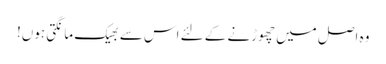
وہ اصل میں چھوڑنے کے لئے اس سے بھیک مانگتی ہوں!